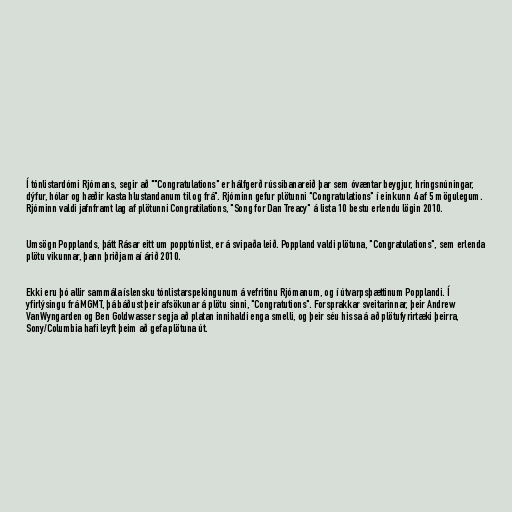
Í tónlistardómi Rjómans, segir að ""Congratulations" er hálfgerð rússibanareið þar sem óvæntar beygjur, hringsnúningar,
dýfur, hólar og hæðir kasta hlustandanum til og frá". Rjóminn gefur plötunni "Congratulations" í einkunn 4 af 5 mögulegum.
Rjóminn valdi jafnframt lag af plötunni Congratilations, "Song for Dan Treacy" á lista 10 bestu erlendu lögin 2010.

Umsögn Popplands, þátt Rásar eitt um popptónlist, er á svipaða leið. Poppland valdi plötuna, "Congratulations", sem erlenda
plötu vikunnar, þann þriðja maí árið 2010.

Ekki eru þó allir sammála íslensku tónlistarspekingunum á vefritinu Rjómanum, og í útvarpsþættinum Popplandi. Í
yfirlýsingu frá MGMT, þá báðust þeir afsökunar á plötu sinni, "Congratutions". Forsprakkar sveitarinnar, þeir Andrew
VanWyngarden og Ben Goldwasser segja að platan innihaldi enga smelli, og þeir séu hissa á að plötufyrirtæki þeirra,
Sony/Columbia hafi leyft þeim að gefa plötuna út.